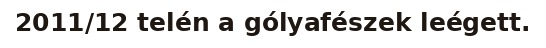
2011/12 telén a gólyafészek leégett.